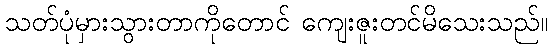
သတ်ပုံမှားသွားတာကိုတောင် ကျေးဇူးတင်မိသေးသည်။